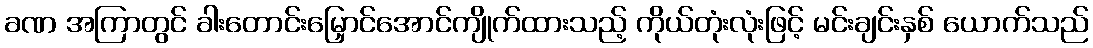
ခဏ အကြာတွင် ခါးတောင်းမြှောင်အောင်ကျိုက်ထားသည့် ကိုယ်တုံးလုံးဖြင့် မင်းချင်းနှစ် ယောက်သည်